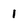
Character: 1